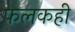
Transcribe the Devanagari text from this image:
फलकही